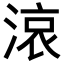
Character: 𪶦